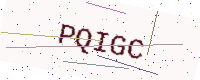
Text: PQIGC